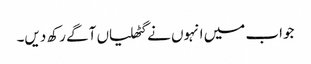
جواب میں انہوں نے گٹھلیاں آگے رکھ دیں۔